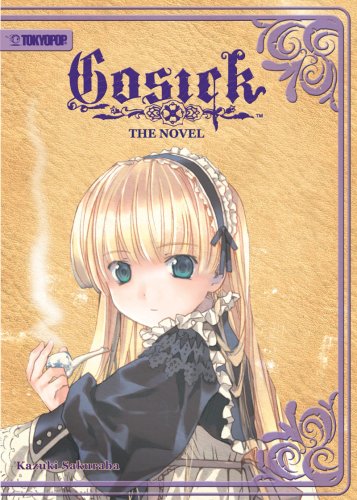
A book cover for GOSICK Volume 1; Kazuki Sakuraba; Humor & Entertainment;